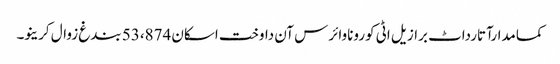
کمامدارآتارداٹ برازیل اٹی کوروناوائرس آن داوخت اسکان 53،874 بندغ زوال کرینو۔